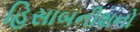
હિસાબનીશનો